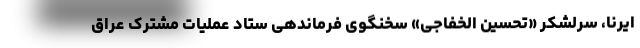
ایرنا، سرلشکر «تحسین الخفاجی» سخنگوی فرماندهی ستاد عملیات مشترک عراق